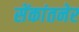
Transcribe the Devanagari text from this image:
सेंकांतनेर